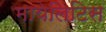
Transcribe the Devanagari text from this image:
मायेलिटिस